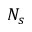
N _ { s }